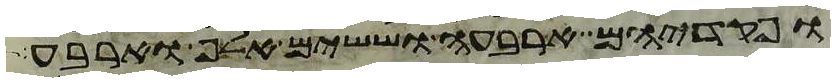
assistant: ופקדיהם ארבעה וששים אלף וארבע